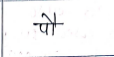
मजकूर: पौ